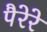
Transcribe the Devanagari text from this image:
पैरेरे